Report of the Indian Hemp Drugs Commission, 1894-1895 - Volume VI
Year: 1894
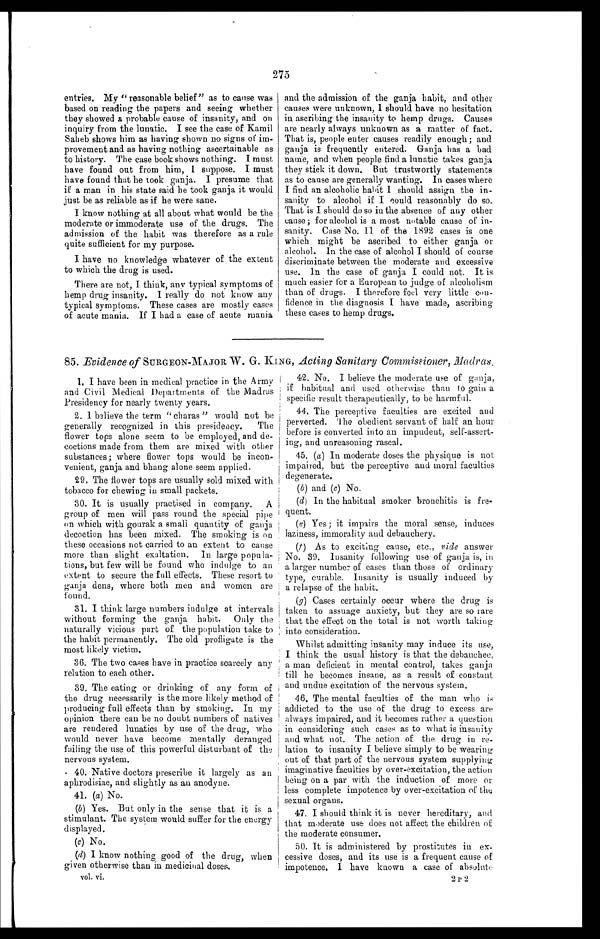
275
entries. My "reasonable belief" as to cause was
based on reading the papers and seeing whether
they showed a probable cause of insanity, and on
inquiry from the lunatic. I see the case of Kamil
Saheb shows him as having shown no signs of im-
provement and as having nothing ascertainable as
to history. The case book shows nothing. I must
have found out from him, 1 suppose. I must
have found that he took ganja. I presume that
if a man in his state said he took ganja it would
just be as reliable as if he were sane.
I know nothing at all about what would be the
moderate or immoderate use of the drugs. The
admission of the habit was therefore as a rule
quite sufficient for my purpose.
I have no knowledge whatever of the extent
to which the drug is used.
There are not, I think, any typical symptoms of
hemp drug insanity. I really do not know any
typical symptoms. These cases are mostly cases
of acute mania. If I had a case of acute mania
and the admission of the ganja habit, and other
causes were unknown, I should have no hesitation
in ascribing the insanity to hemp drugs. Causes
are nearly always unknown as a matter of fact.
That is, people enter causes readily enough; and
ganja is frequently entered. Ganja has a bad
name, and when people find a lunatic takes ganja
they stick it down. But trustwortly statements
as to cause are generally wanting. In cases where
I find an alcoholic habit I should assign the in-
sanity to alcohol if I could reasonably do so.
That is I should do so in the absence of any other
cause; for alcohol is a most notable cause of in-
sanity. Case No. 11 of the 1892 cases is one
which might be ascribed to either ganja or
alcohol. In the case of alcohol I should of course
discriminate between the moderate and excessive
use. In the case of ganja I could not. It is
much easier for a European to judge of alcoholism.
than of drugs. I therefore feel very little con-
fidence in the diagnosis I have made, ascribing
these cases to hemp drugs.
85. Evidence of SURGEON-MAJOR W. G. KING, Acting Sanitary Commissioner, Nadias.
1. I have been in medical practice in the Army
and Civil Medical Departments of the Madras
Presidency for nearly twenty years.
2. 1 believe the term "charas" would not be
generally recognized in this presidency. The
flower tops alone seem to be employed, and de-
coctions made from them are mixed with other
substances; where flower tops would be incon-
venient, ganja and bhang alone seem applied.
29. The flower tops are usually sold mixed with
tobacco for chewing in small packets.
30. It is usually practised in company. A
group of men will pass round the special pipe
en which with gourak a small quantity of ganja
decoction has been mixed. The smoking is on
these occasions not carried to an extent to cause
more than slight exaltation. In large popula-
tions, but few will be found who indulge to an
extent to secure the full effects. These resort to
ganja dens, where both men and women are
found.
31. I think large numbers indulge at intervals
without forming the ganja habit. Only the
naturally vicious part of the population take to
the habit permanently. The old profligate is the
most likely victim.
36. The two cases have in practice scarcely any
relation to each other.
39. The eating or drinking of any form of
the drug necessarily is the more likely method of
producing full effects than by smoking. In my
opinion there can be no doubt numbers of natives
are rendered lunatics by use of the drug, who
would. never have become mentally deranged
failing the use of this powerful disturbant of the
nervous system.
40. Native doctors prescribe it largely as an
aphrodisiac, and slightly as an anodyne.
41. (a) No.
(b) Yes. But only in the sense that it is a
stimulant. The system would suffer for the energy
displayed.
(c) No.
(d) I know nothing good of the drug, when
given otherwise than in medicinal doses.
vol. vi.
42. No. I believe the moderate use of ganja,
if habitual and used otherwise than to gain a
specific result therapeutically, to be harmful.
44. The perceptive faculties are excited and
perverted. The obedient servant of half an hour
before is converted into an impudent, self-assert-
ing, and unreasoning rascal.
45. (a) In moderate doses the physique is not
impaired, but the perceptive and moral faculties
degenerate.
(b) and (c) No.
(d) In the habitual smoker bronchitis is fre-
quent.
(e) Yes; it impairs the moral sense, induces
laziness, immorality and debauchery.
(f) As to exciting cause, etc., ride answer
No. 39. Insanity following use of ganja is, in
a larger number of cases than those of ordinary
type, curable. Insanity is usually induced by
a relapse of the habit.
(g) Cases certainly occur where the drug is
taken to assuage anxiety, but they are so rare
that the effect on the total is not worth taking
into consideration.
Whilst admitting insanity may induce its use,
I think the usual history is that the debauchee,
a man deficient in mental control, takes ganja
till he becomes insane, as a result of constant
and undue excitation of the nervous system.
46. The mental faculties of the man who is
addicted to the use of the drug to excess are
always impaired, and it becomes rather a question
in considering such cases as to what is insanity
and what not. The action of the drug in re-
lation to insanity I believe simply to be wearing
out of that part of the nervous system supplying
imaginative faculties by over-excitation, the action
being on a par with the induction of more or
less complete impotence by over-excitation of the
sexual organs.
47. I should think it is never hereditary, and
that moderate use does not affect the children of
the moderate consumer.
50. It is administered by prostitutes in ex-
cessive doses, and its use is a frequent cause of
impotence. I have known a case of absolute
2 P 2